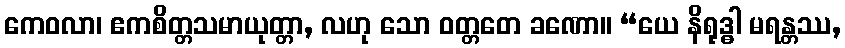
ကေဝလာ၊ ဧကစိတ္တသမာယုတ္တာ, လဟု သော ဝတ္တတေ ခဏော။ “ယေ နိရုဒ္ဓါ မရန္တဿ,